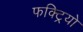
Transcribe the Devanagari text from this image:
फक्ट्रियो